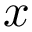
x